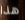
هذا